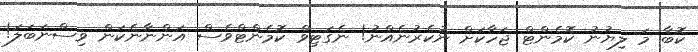
ކޮބާ މަ ލިޔުނު ކޮމެންޓް ޖަހާކަށް ނުކެރުނެއްނު! ނެގަޓިވް ކޮމެންޓްވެސް އަންނާނެކަން ވިސްނަބަލަ!